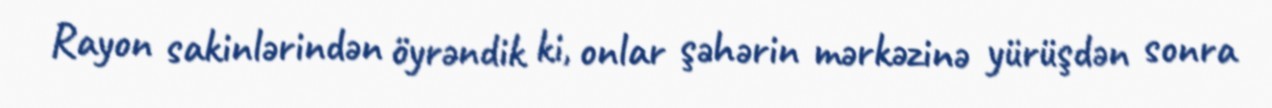
Rayon sakinlərindən öyrəndik ki, onlar şəhərin mərkəzinə yürüşdən sonra